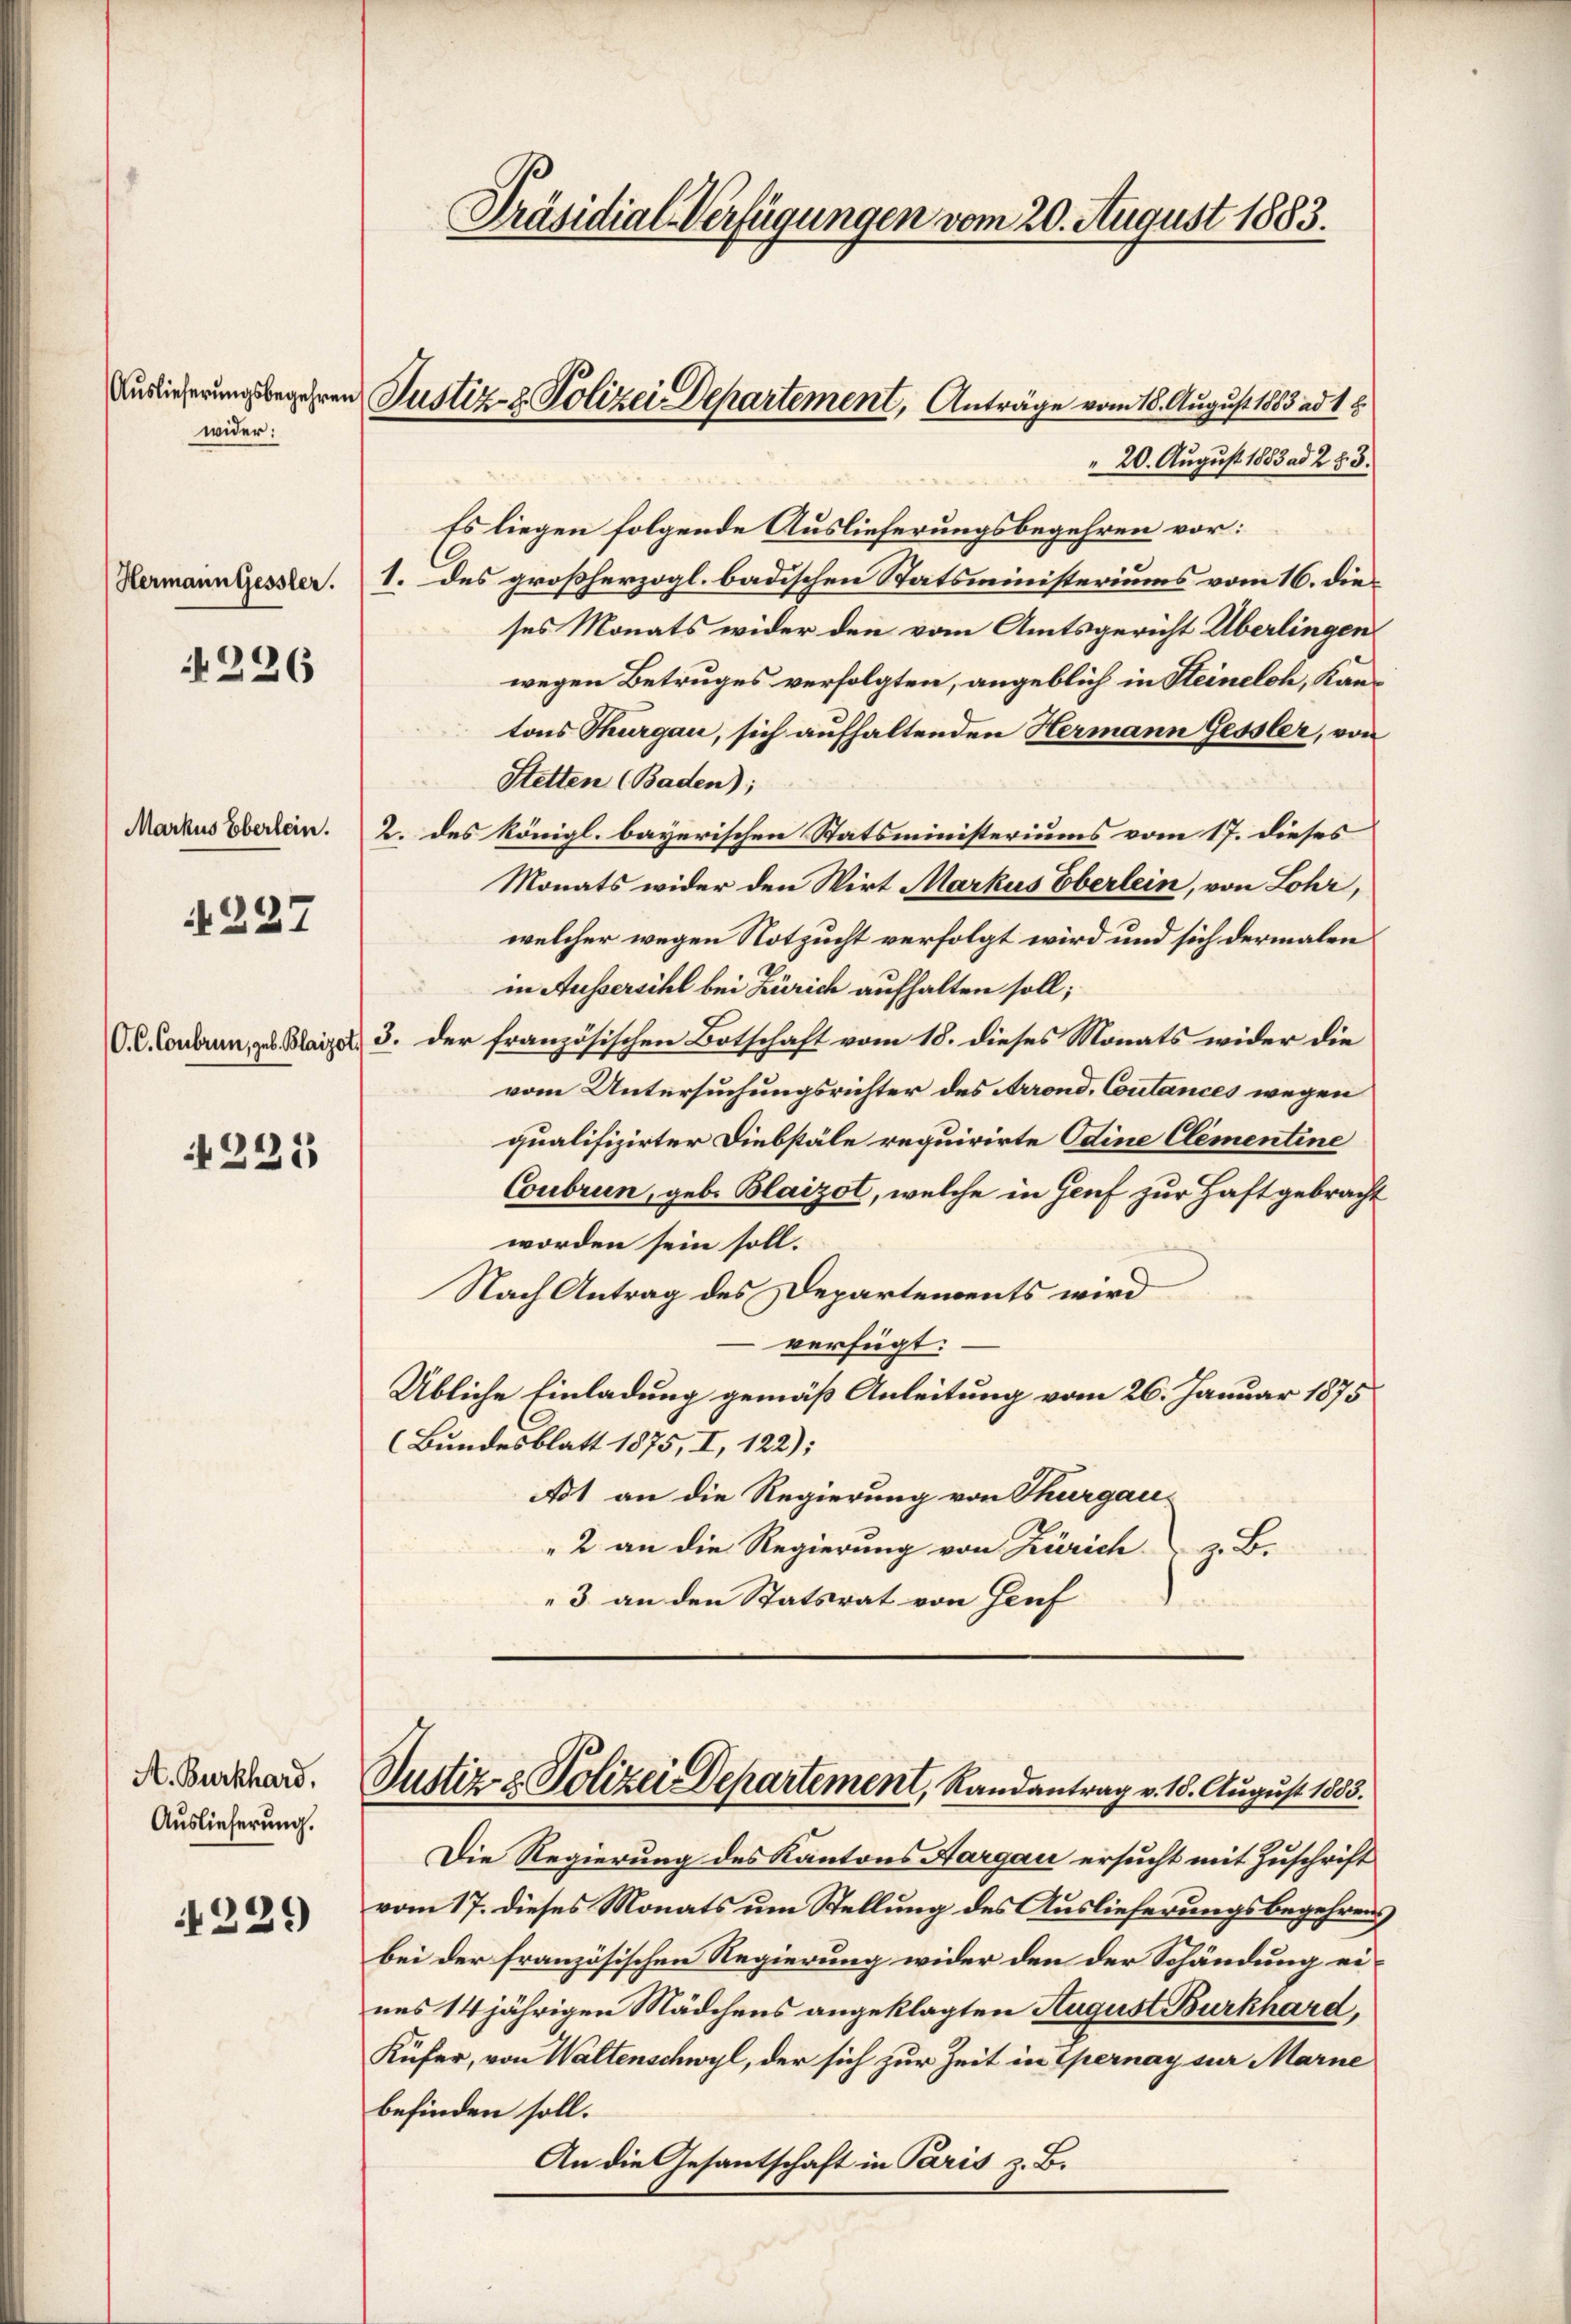
Auslieferungsbegehren
wider:

226

227

225

A. Burkhard.
Auslieferung.

229

20. August 1853 ad 283.
Es liegen folgende Auslieferungsbegehren vor:
Hermanniessler. I. des großherzogl. badischen Statsministeriums vom 16. die
ses Monats wider den vom Amtsgericht Überlingen
wegen Betruges verfolgten, angeblich in Steinelch, Kantons Thurgau, sich aufhaltenden Hermann Gessler, von
Stetten (Baden);
Markus oberein. 2. des königl. bayerischen Statsministeriums vom 17. dieses
Monats wider den Wirt Markus Oberlein, von Lohr,
welcher wegen Notzucht verfolgt wird und sich dermalen
in Aussersihl bei Zürich aufhalten soll;
V.C. oneren, zu Harzel, 3. der französischen Botschaft vom 18. dieses Monats wider die
vom Untersuchungsrichter des Arrond. Coutances wegen
qualifizirter Diebstäle requirirte Odine Clementine
Conbrun, geb. Blaizol, welche in Genf zur Haft gebracht
worden sein soll.
Nach Antrag des Departements wird
verfügt:
Übliche Einladung gemäß Anleitung vom 26. Januar 1875
(Bundesblatt 1875, I, 122):
Adt an die Regierung von Thurgau
2 an die Regierung von Zürich z. B.
3 an den Statsrat von Genf

u Justiz- & Polizei Departement, Anträge vom 18. August 1883 ad 1 l.

Präsidial-Verfügungen vom 20. August 1883.

Justiz- & Polizei Departement, Randantrag v. 18. August 1883.

Die Regierung des Kantons Aargau ersucht mit Zuschrift
vom 17. dieses Monats um Stellung des Auslieferungsbegehrens
bei der französischen Regierung wider den der Schändung eines 14 jährigen Mädchens angeklagten August Burkhard,
Küfer, von Waltenschwyl, der sich zur Zeit in Spernay sur Marne
befinden soll.
An die Gesantschaft in Paris z. B.